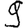
Digit: 9